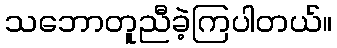
သဘောတူညီခဲ့ကြပါတယ်။